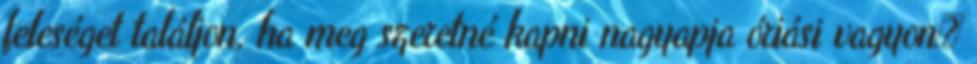
feleséget találjon, ha meg szeretné kapni nagyapja óriási vagyon�